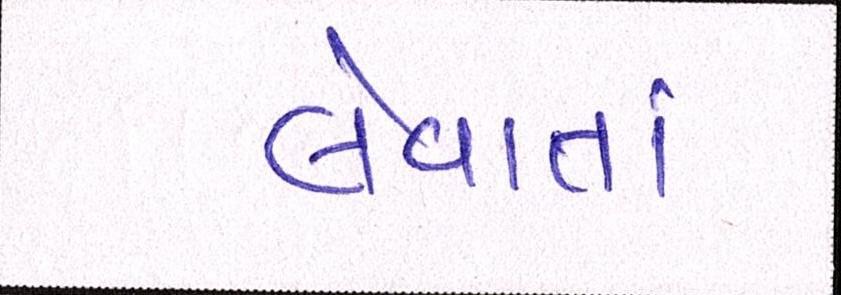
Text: લેવાતાં